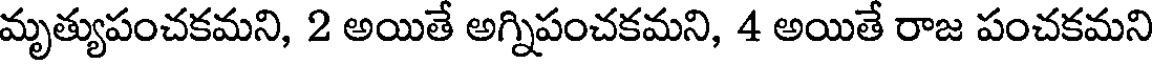
మృత్యుపంచకమని, 2 అయితే అగ్నిపంచకమని, 4 అయితే రాజ పంచకమని